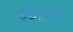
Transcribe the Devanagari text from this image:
दुघशर्करा